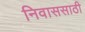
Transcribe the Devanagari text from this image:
निवाससाठी